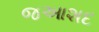
જઆશદ